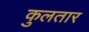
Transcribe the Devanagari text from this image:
कुलतार